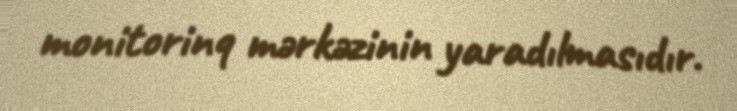
monitorinq mərkəzinin yaradılmasıdır.